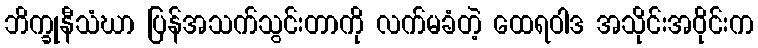
ဘိက္ခုနီသံဃာ ပြန်အသက်သွင်းတာကို လက်မခံတဲ့ ထေရဝါဒ အသိုင်းအဝိုင်းက